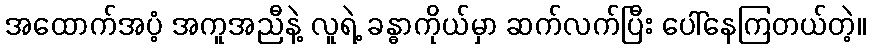
အထောက်အပံ့ အကူအညီနဲ့ လူရဲ့ ခန္ဓာကိုယ်မှာ ဆက်လက်ပြီး ပေါ်နေကြတယ်တဲ့။